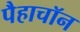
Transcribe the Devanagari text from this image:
पैहाचॉन